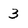
Character: 3